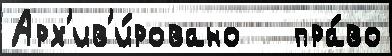
Арх'ив'и́ровано   пра́во